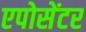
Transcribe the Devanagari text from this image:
एपोसेंटर